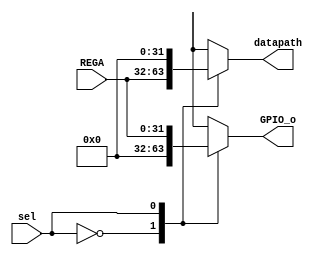
module DEMUX #(parameter WIDTH = 32)(
input [WIDTH-1:0] REGA,
input sel,
output reg [WIDTH-1:0] GPIO_o, datapath
);

always @(*) begin
	case (sel)
	0: begin 
		datapath <= REGA;
		GPIO_o <= 32'b0;
		end
	1: begin
		datapath <= 32'b0;
		GPIO_o <= REGA;
		end
	endcase
end

endmodule